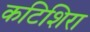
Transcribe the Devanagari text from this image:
कटिशिरा